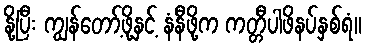
နို့ပြီး ကျွန်တော့်ဖို့နှင့် နံနီဖို့က ကတ္တီပါဖိနပ်နှစ်ရံ။